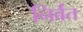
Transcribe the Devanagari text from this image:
निर्वंत